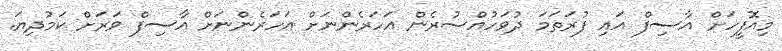
މިއޮފީހަށް އާސިފް އައި ފުރަތަމަ ދުވަހުއްސުރެން އަހަރެންނަށް އަހަރެންނަށް އާސިފް ވަރަށް ކަމުދިޔަ.